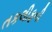
તકલીફની